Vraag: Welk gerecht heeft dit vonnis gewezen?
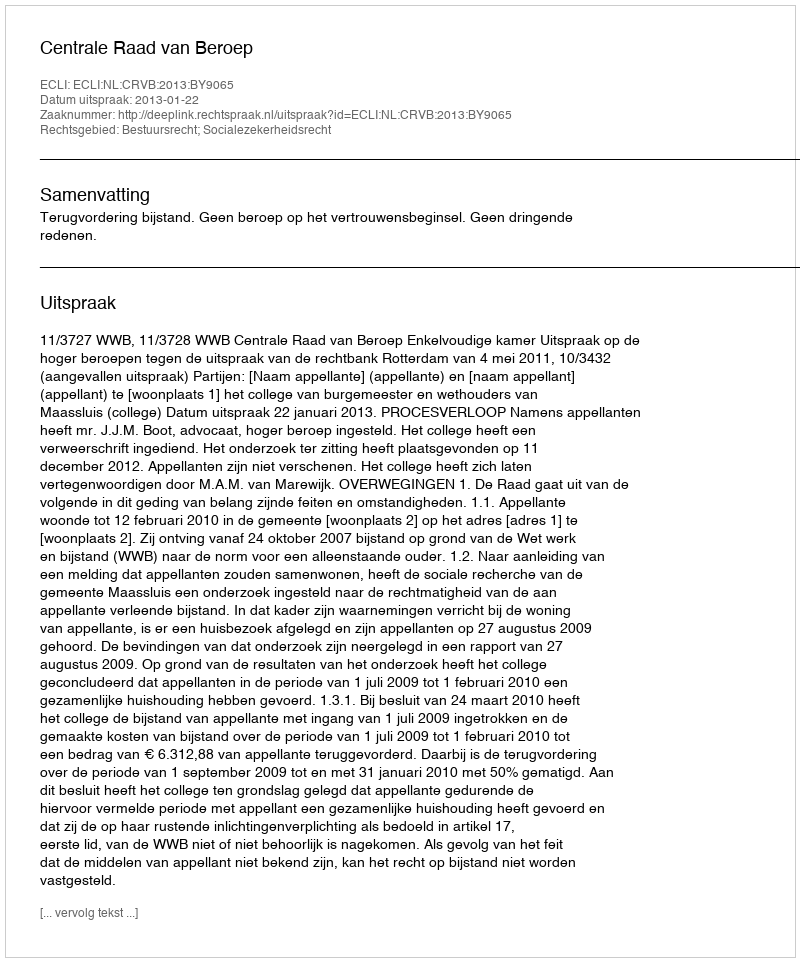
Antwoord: Centrale Raad van Beroep